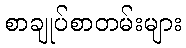
စာချုပ်စာတမ်းများ